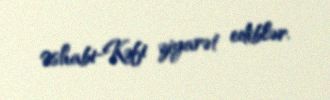
Əshabi-Kəfi ziyarət ediblər.